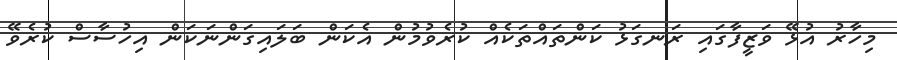
މިހާރު އުޅޭ ވަޒީފާގައި ރަނގަޅު ކަންތައްތަކެއް ކުރެވުމުން އެކަން ބަލައިގަންނަކަން އިހުސާސް ކުރެވޭ